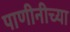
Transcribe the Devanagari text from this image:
पाणीनीच्या